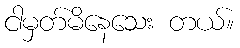
ငါမှတ်မိနေသေး တယ်။